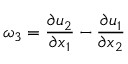
\omega _ { 3 } = \frac { \partial u _ { 2 } } { \partial x _ { 1 } } - \frac { \partial u _ { 1 } } { \partial x _ { 2 } }